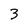
Character: 3